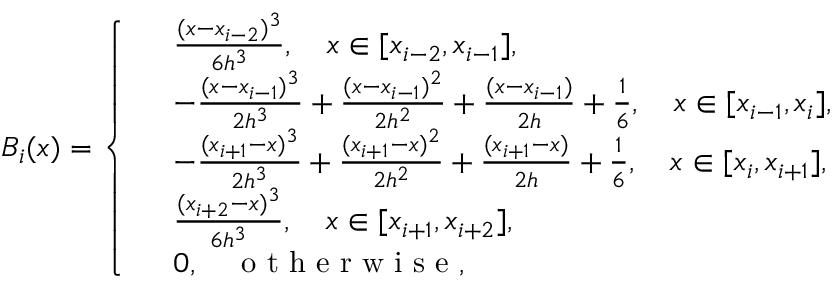
B _ { i } ( x ) = \left\{ \begin{array} { r l } & { \frac { ( x - x _ { i - 2 } ) ^ { 3 } } { 6 h ^ { 3 } } , \quad x \in [ x _ { i - 2 } , x _ { i - 1 } ] , } \\ & { - \frac { ( x - x _ { i - 1 } ) ^ { 3 } } { 2 h ^ { 3 } } + \frac { ( x - x _ { i - 1 } ) ^ { 2 } } { 2 h ^ { 2 } } + \frac { ( x - x _ { i - 1 } ) } { 2 h } + \frac { 1 } { 6 } , \quad x \in [ x _ { i - 1 } , x _ { i } ] , } \\ & { - \frac { ( x _ { i + 1 } - x ) ^ { 3 } } { 2 h ^ { 3 } } + \frac { ( x _ { i + 1 } - x ) ^ { 2 } } { 2 h ^ { 2 } } + \frac { ( x _ { i + 1 } - x ) } { 2 h } + \frac { 1 } { 6 } , \quad x \in [ x _ { i } , x _ { i + 1 } ] , } \\ & { \frac { ( x _ { i + 2 } - x ) ^ { 3 } } { 6 h ^ { 3 } } , \quad x \in [ x _ { i + 1 } , x _ { i + 2 } ] , } \\ & { 0 , \quad \textup { o t h e r w i s e } , } \end{array} \right.